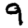
Digit: 9